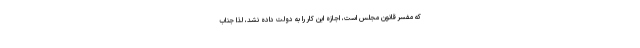
که مفسر قانون مجلس است، اجازه این کار را به دولت داده نشد، لذا جناب